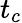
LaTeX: t_{c}